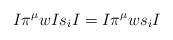
LaTeX: \begin{align*}I \pi^{\mu} w I s_i I = I \pi^{\mu} w s_i I\end{align*}